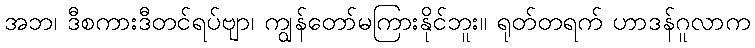
အဘ၊ ဒီစကားဒီတင်ရပ်ဗျာ၊ ကျွန်တော်မကြားနိုင်ဘူး။ ရုတ်တရက် ဟာဒန်ဂူလာက